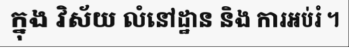
ក្នុង វិស័យ លំនៅដ្ឋាន និង ការអប់រំ ។